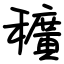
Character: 穬